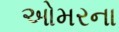
ઓમરના